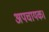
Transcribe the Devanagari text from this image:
अपचायक।